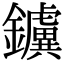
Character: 𨯼